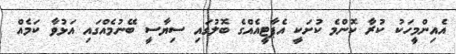
އެއިންމީހަކު ކުރާ ކޮންމެ ކުށަކީ އެޕާޓީއެއްގެ ބޮލުގައި ސިޔާސީ ބޭނުމެއްގައި އަޅުވާ ކަމެއް